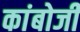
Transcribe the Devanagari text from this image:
कांबोजी